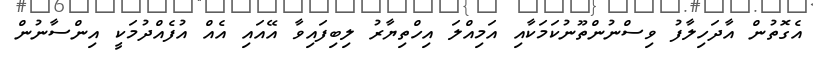
އެގޮތުން އާދަހިލާފު ވިސްނުންތޫނުކަމަކާއި އަމިއްލަ އިހްތިޔާރު ލިބިފައިވާ އޭއައި އެއް އުފެއްދުމަކީ އިންސާނުން